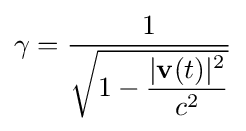
\gamma ={\dfrac {1}{\sqrt {1-{\dfrac {|\mathbf {v} (t)|^{2}}{c^{2}}}}}}